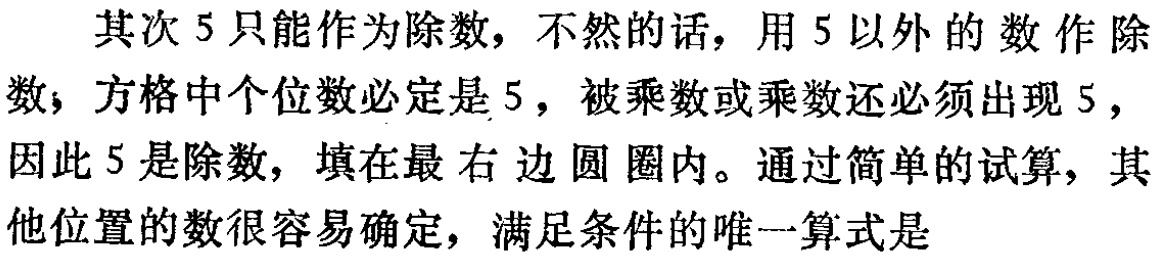
其次 5 只能作为除数，不然的话，用 5 以外的数作除数，方格中个位数必定是 5，被乘数或乘数还必须出现 5，因此 5 是除数，填在最右边圆圈内。通过简单的试算，其他位置的数很容易确定，满足条件的唯一算式是